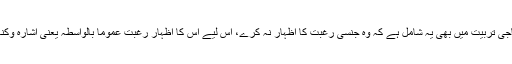
عورت جنسی تعلق میں چونکہ فطرتاً‌ منفعل ہے اور اس کی سماجی تربیت میں بھی یہ شامل ہے کہ وہ جنسی رغبت کا اظہار نہ کرے، اس لیے اس کا اظہار رغبت عموماً‌ بالواسطہ یعنی اشارہ وکنایہ کی زبان میں ہوتا ہے اور اس میں جارحیت شامل نہیں ہوتی۔